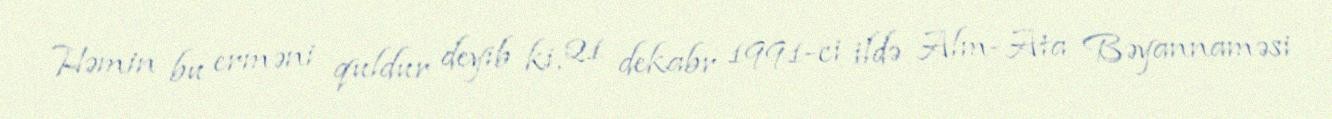
Həmin bu erməni quldur deyib ki, 21 dekabr 1991-ci ildə Alm-Ata Bəyannaməsi